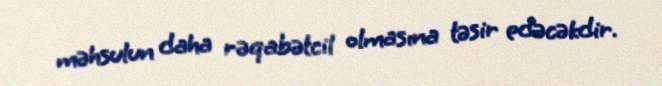
məhsulun daha rəqabətcil olmasına təsir edəcəkdir.